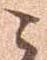
こ